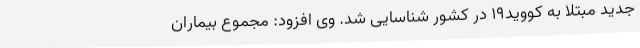
جدید مبتلا به کووید19 در کشور شناسایی شد. وی افزود: مجموع بیماران